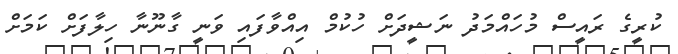
ކުރީގެ ރައީސް މުހައްމަދު ނަޝީދަށް ހުކުމް އިއްވާފައި ވަނީ ގާނޫނާ ހިލާފަށް ކަމަށް